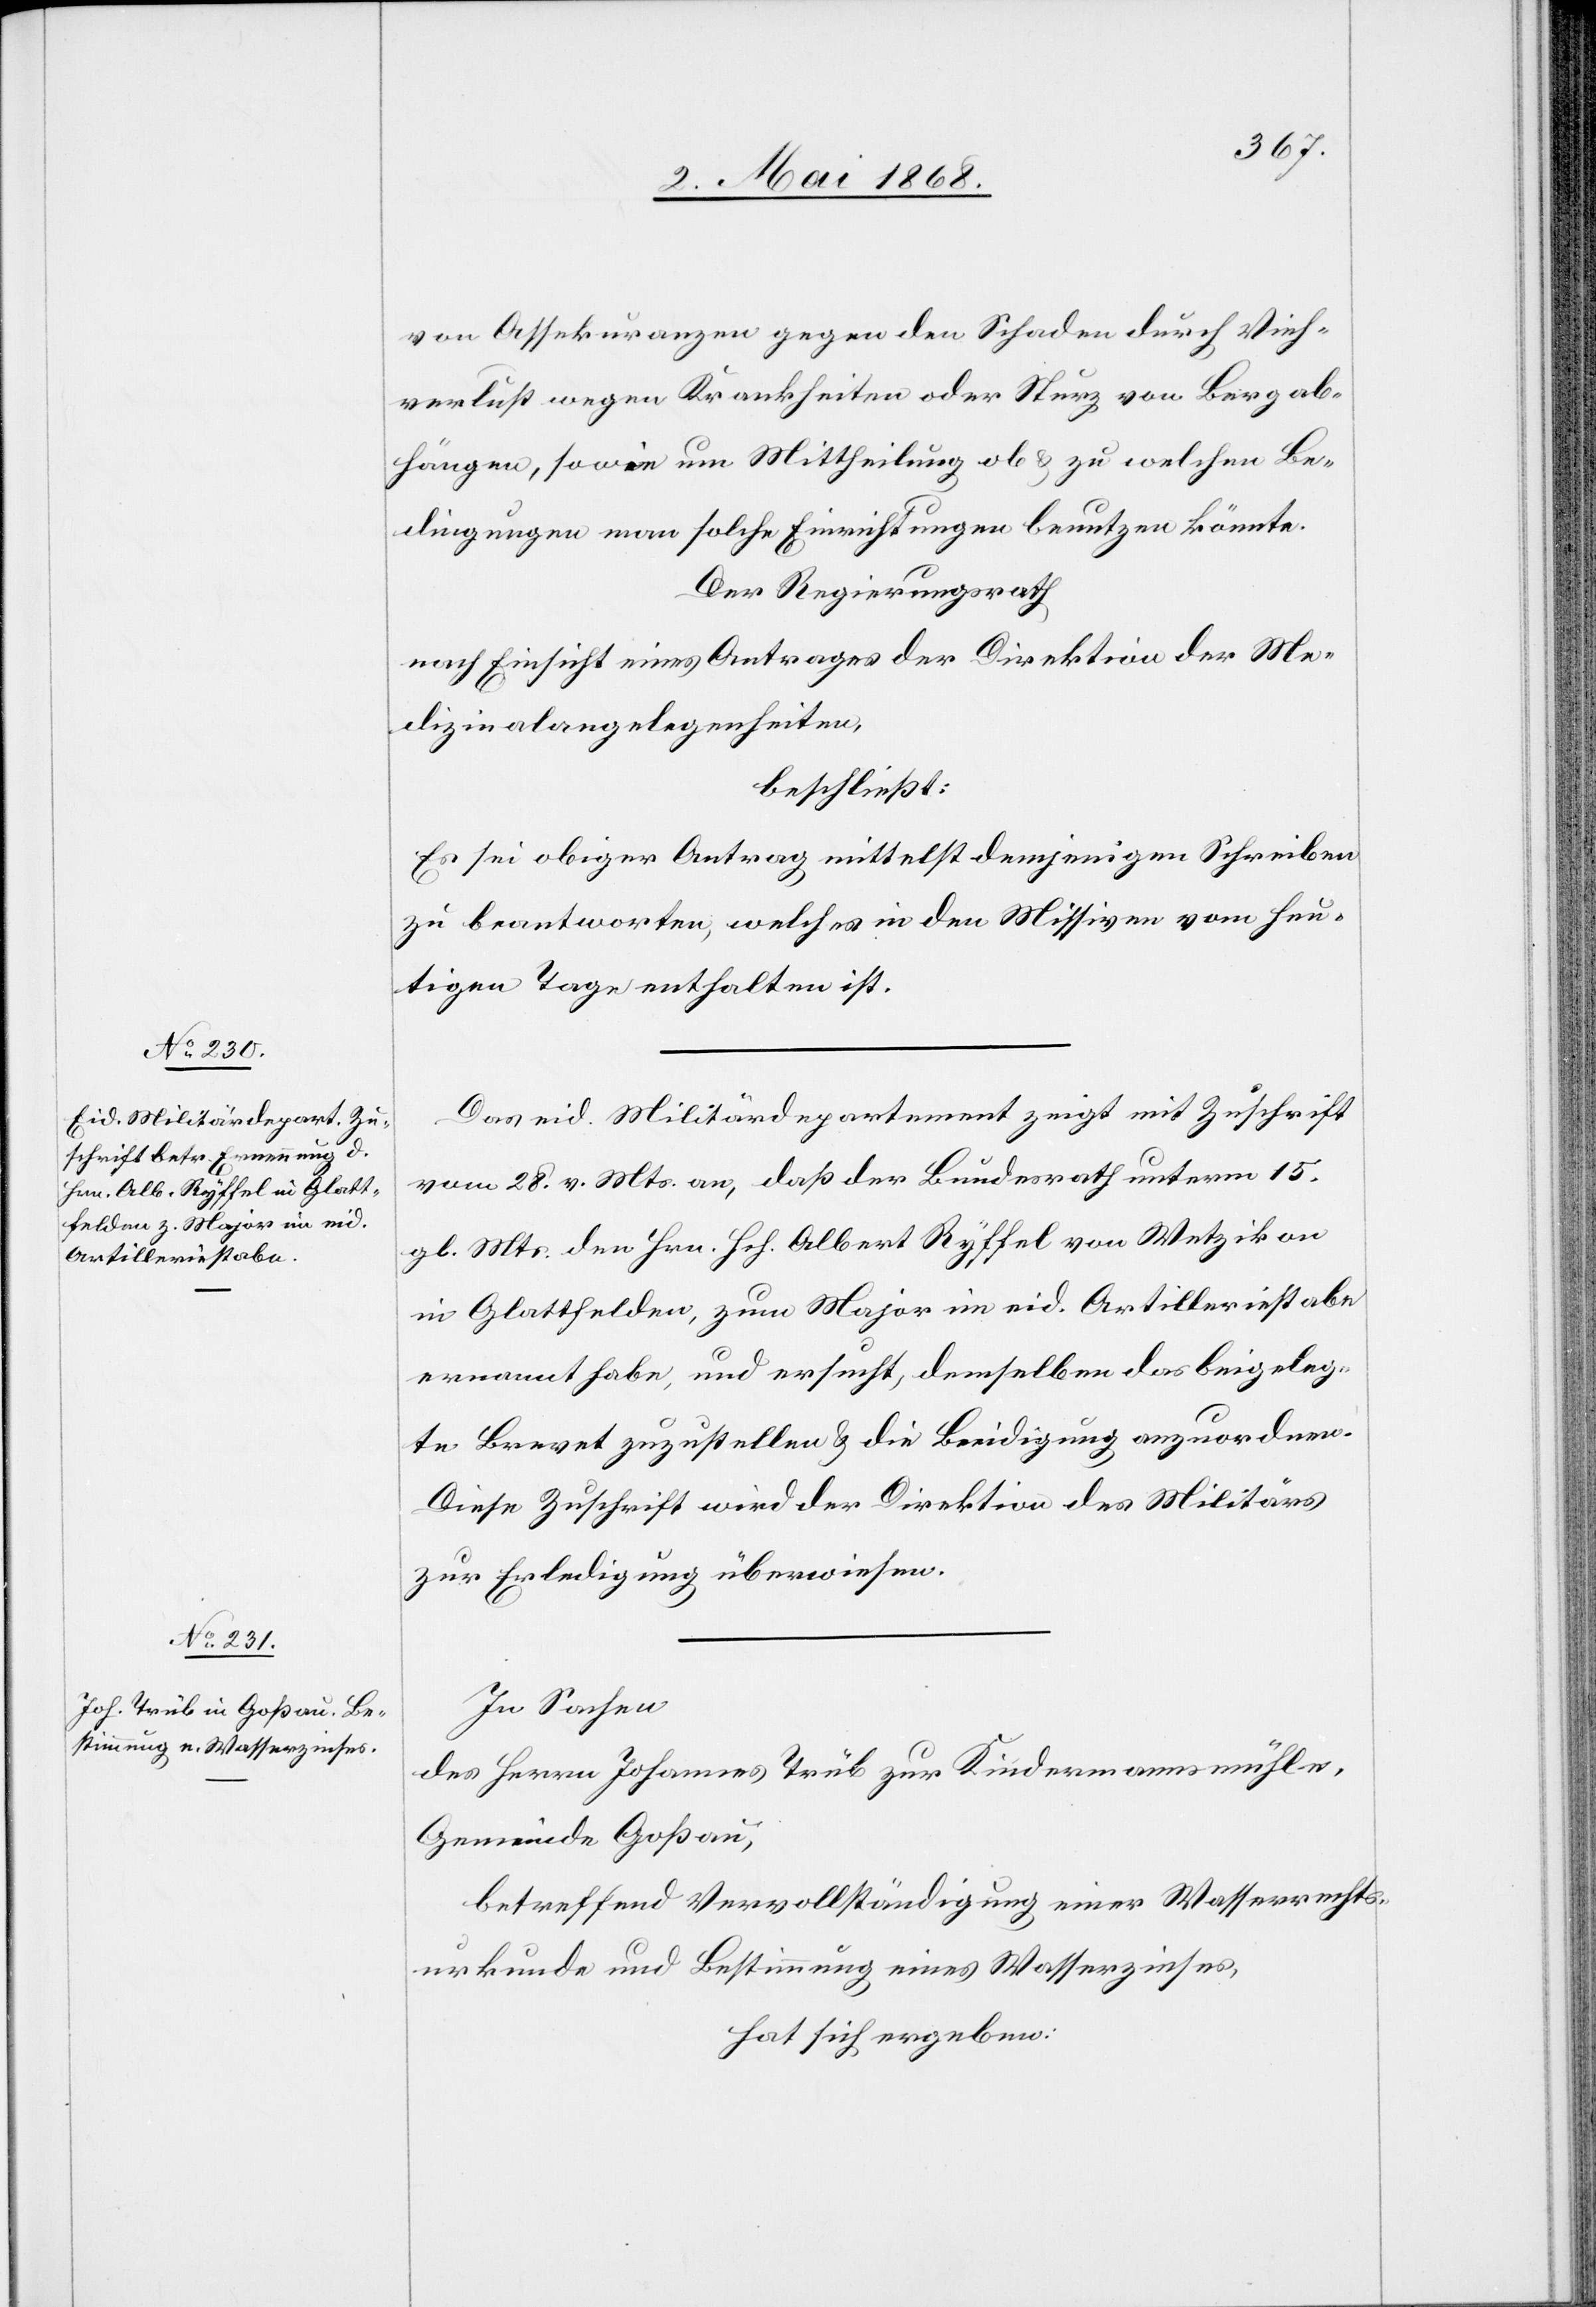
von Assekuranzen gegen den Schaden durch Vieh¬
verlust wegen Krankheiten oder Sturz von Bergab¬
hängen, sowie um Mittheilung ob & zu welchen Be¬
dingungen man solche Einrichtungen benutzen könnte.
Der Regierungsrath
nach Einsicht eines Antrages der Direktion der Me¬
dizinalangelegenheiten,
beschließt:
Es sei obiger Antrag mittelst demjenigen Schreiben
zu beantworten, welches in den Missiven vom heu¬
tigen Tage enthalten ist.
Das eid. Militärdepartement zeigt mit Zuschrift
vom 28. v. Mts. an, daß der Bundesrath unterm 15.
gl. Mts. den Hrn. Hch. Albert Ryffel von Wetzikon
in Glattfelden, zum Major im eid. Artilleriestabe
ernannt habe, und ersucht, demselben das beigeleg¬
te Brevet zuzustellen & die Beeidigung anzuordnen.
Diese Zuschrift wird der Direktion des Militärs
zur Erledigung überwiesen.
In Sachen
des Herrn Johannes Trüb zur Kindermannsmühle,
Gemeinde Goßau,
betreffend Vervollständigung einer Wasserrechts¬
urkunde und Bestimmung eines Wasserzinses,
hat sich ergeben: